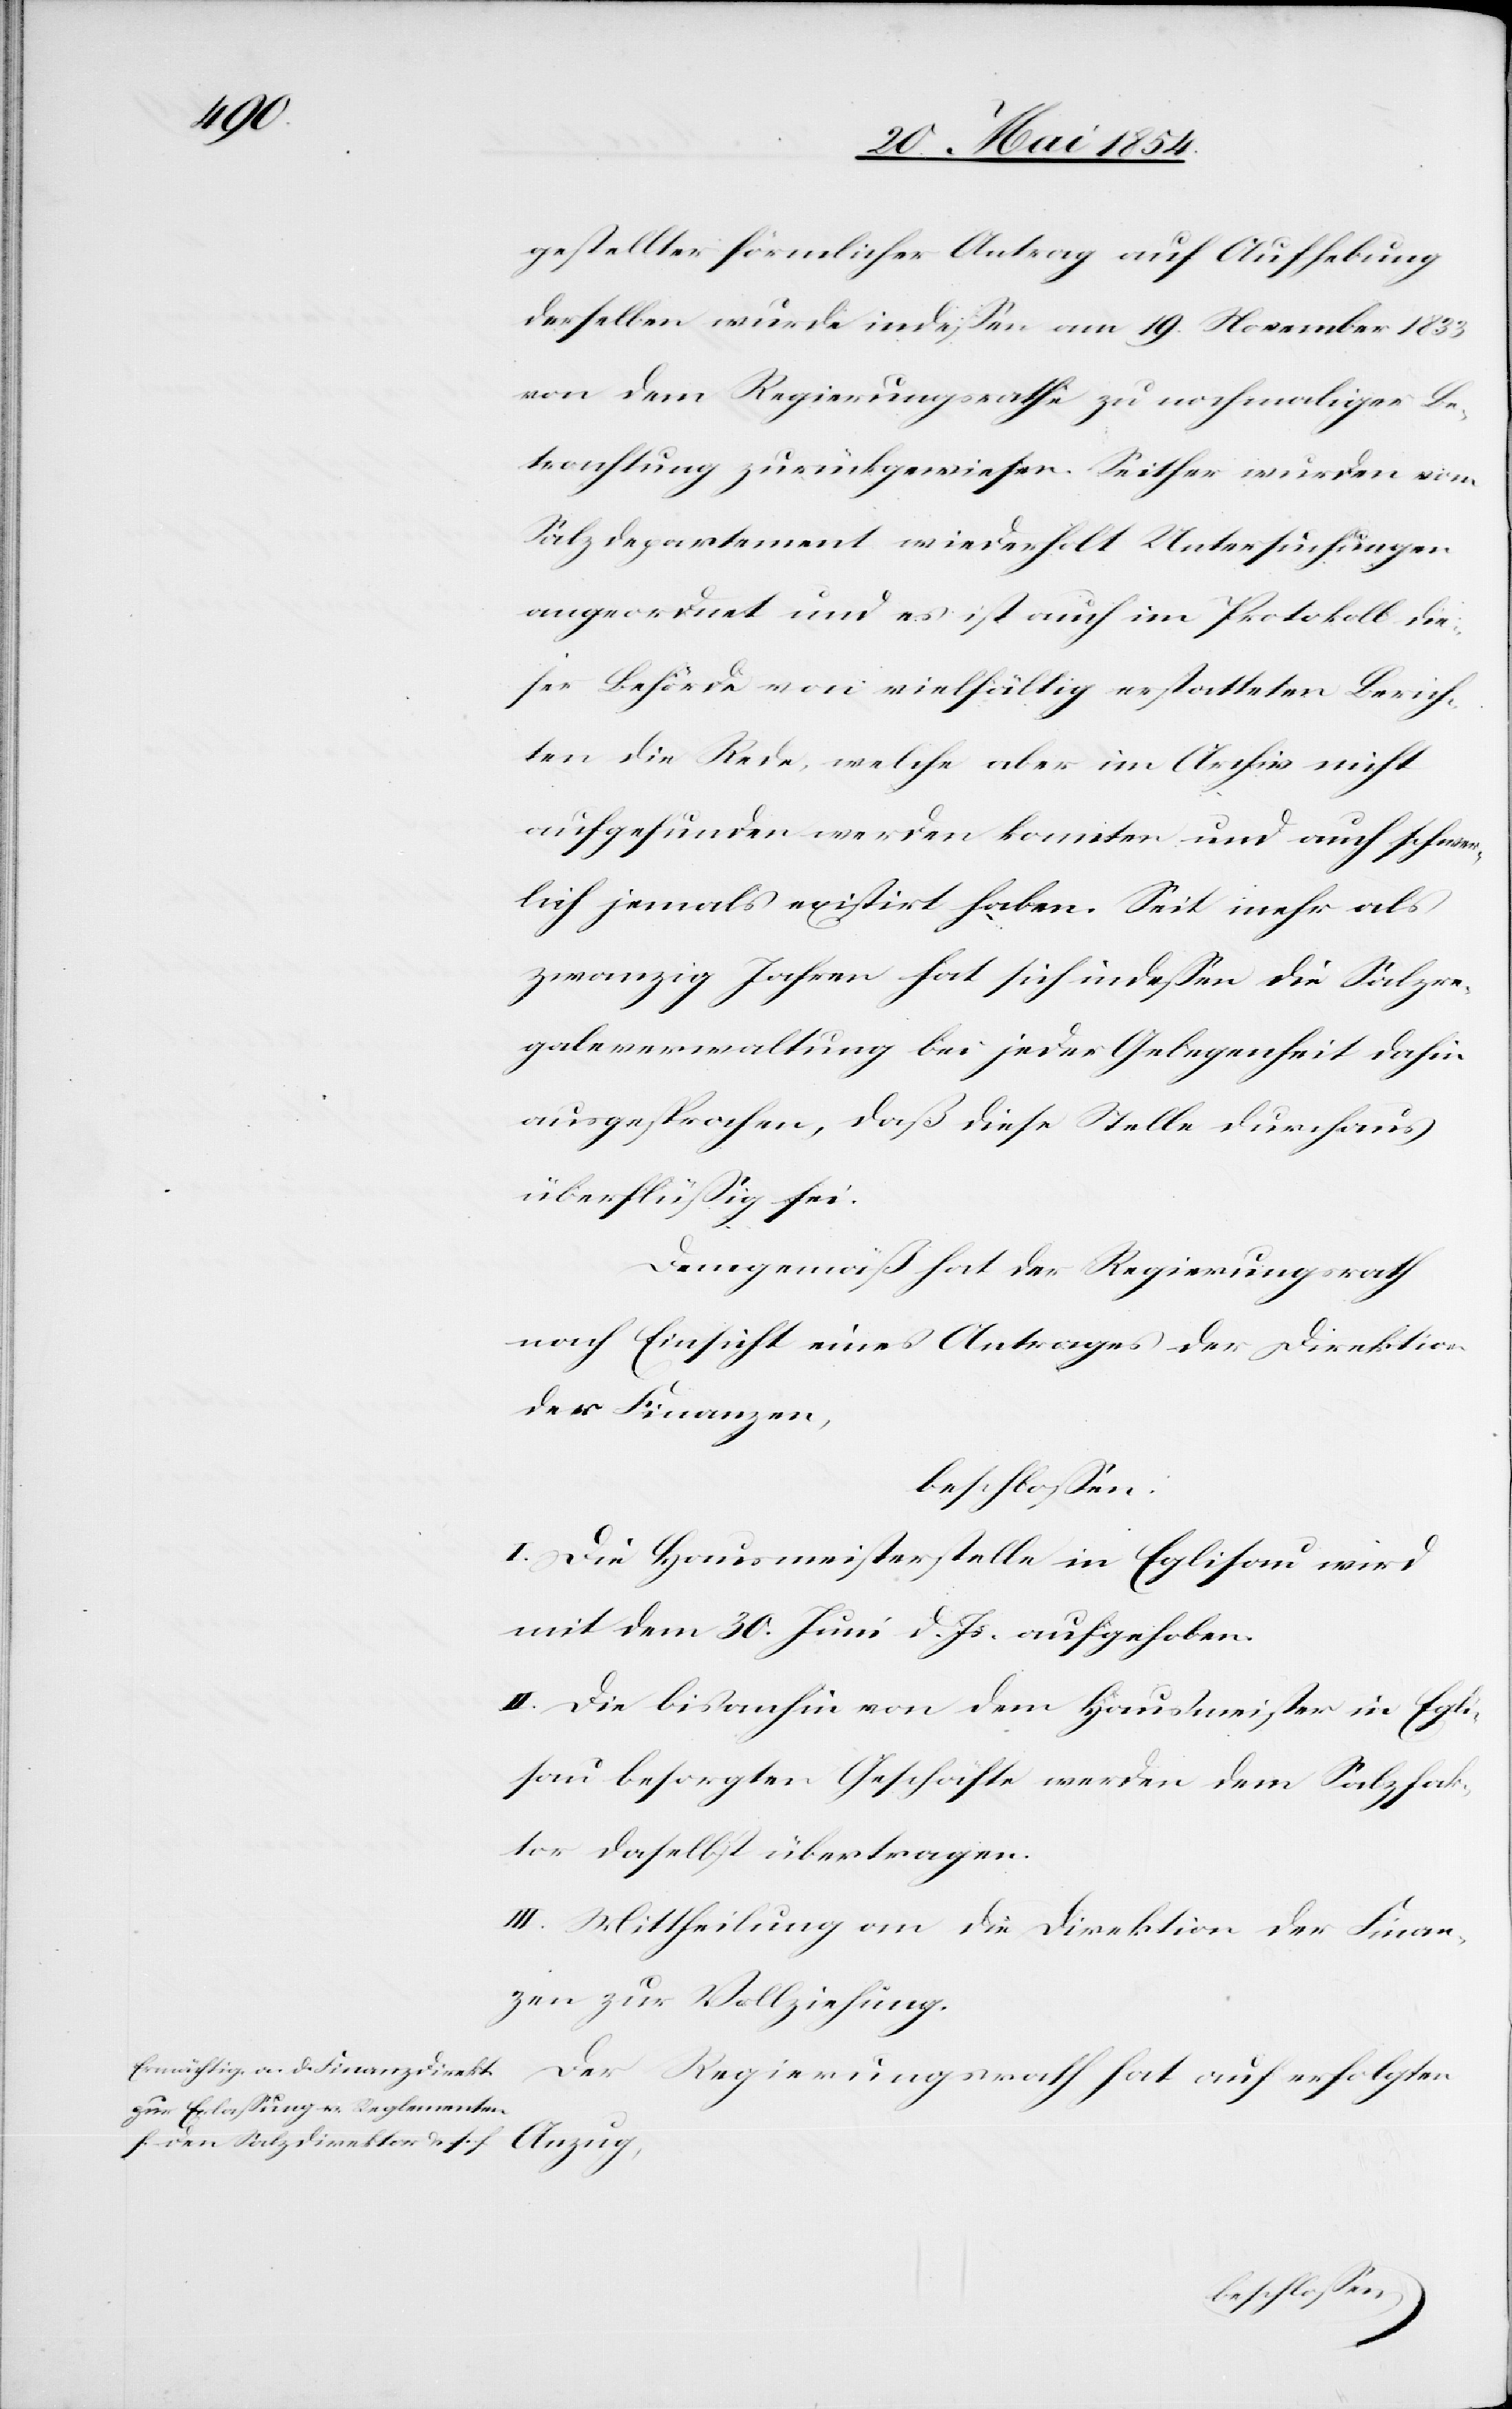
gestellter förmlicher Antrag auf Aufhebung
derselben wurde indeßen am 19. November 1833
von dem Regierungsrathe zu nochmaliger Be¬
trachtung zurückgewiesen. Seither wurden vom
Salzdepartement wiederholt Untersuchungen
angeordnet und es ist auch im Protokoll die¬
ser Behörde von vielfältig erstatteten Berich¬
ten die Rede, welche aber im Archiv nicht
aufgefunden werden konnten und auch schwer¬
lich jemals existirt haben. Seit mehr als
zwanzig Jahren hat sich indeßen die Salzre¬
galeverwaltung bei jeder Gelegenheit dahin
ausgesprochen, daß diese Stelle durchaus
überflüßig sei.
Demgemäß hat der Regierungsrath
nach Einsicht eines Antrages der Direktion
der Finanzen,
I. Die Hausmeisterstelle in Eglisau wird
mit dem 30. Juni d. Js. aufgehoben.
II. Die bis anhin von dem Hausmeister in Egli¬
sau besorgten Geschäfte werden dem Salzfak¬
tor daselbst übertragen.
III. Mittheilung an die Direktion der Finan¬
zen zur Vollziehung.
Der Regierungsrath hat auf erfolgten
beschloßen: